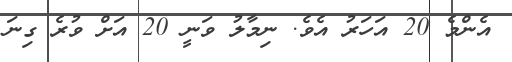
އެންމެ 20 އަހަރު އެވެ. ނިމާލު ވަނީ 20 އަށް ވުރެ ގިނަ